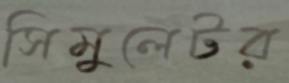
সিমুলেটর